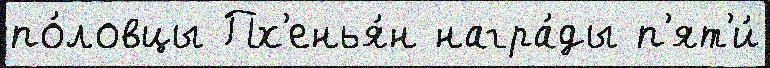
по́ловцы Пх'енья́н награ́ды п'ят'и́